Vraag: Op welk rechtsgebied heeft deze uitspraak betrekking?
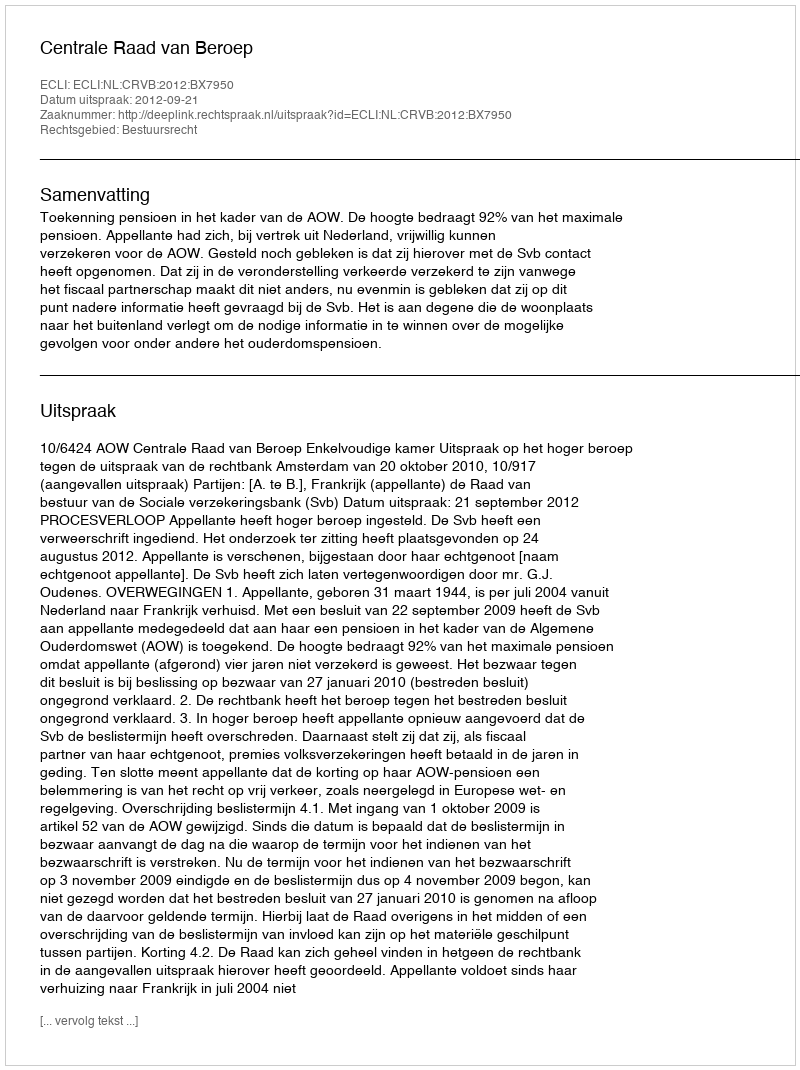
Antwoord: Bestuursrecht